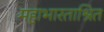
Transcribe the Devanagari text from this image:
महाभारताश्रित